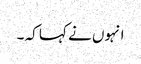
انہوں نے کہا کہ ۔